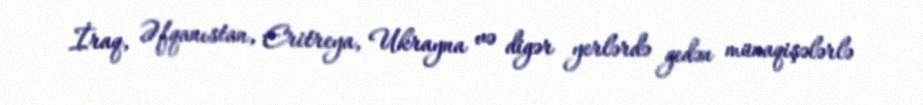
İraq, Əfqanıstan, Eritreya, Ukrayna və digər yerlərdə gedən münaqişələrlə